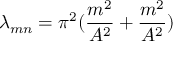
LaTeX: \lambda _ { m n } = \pi ^ { 2 } ( { \frac { m ^ { 2 } } { A ^ { 2 } } } + { \frac { m ^ { 2 } } { A ^ { 2 } } } )